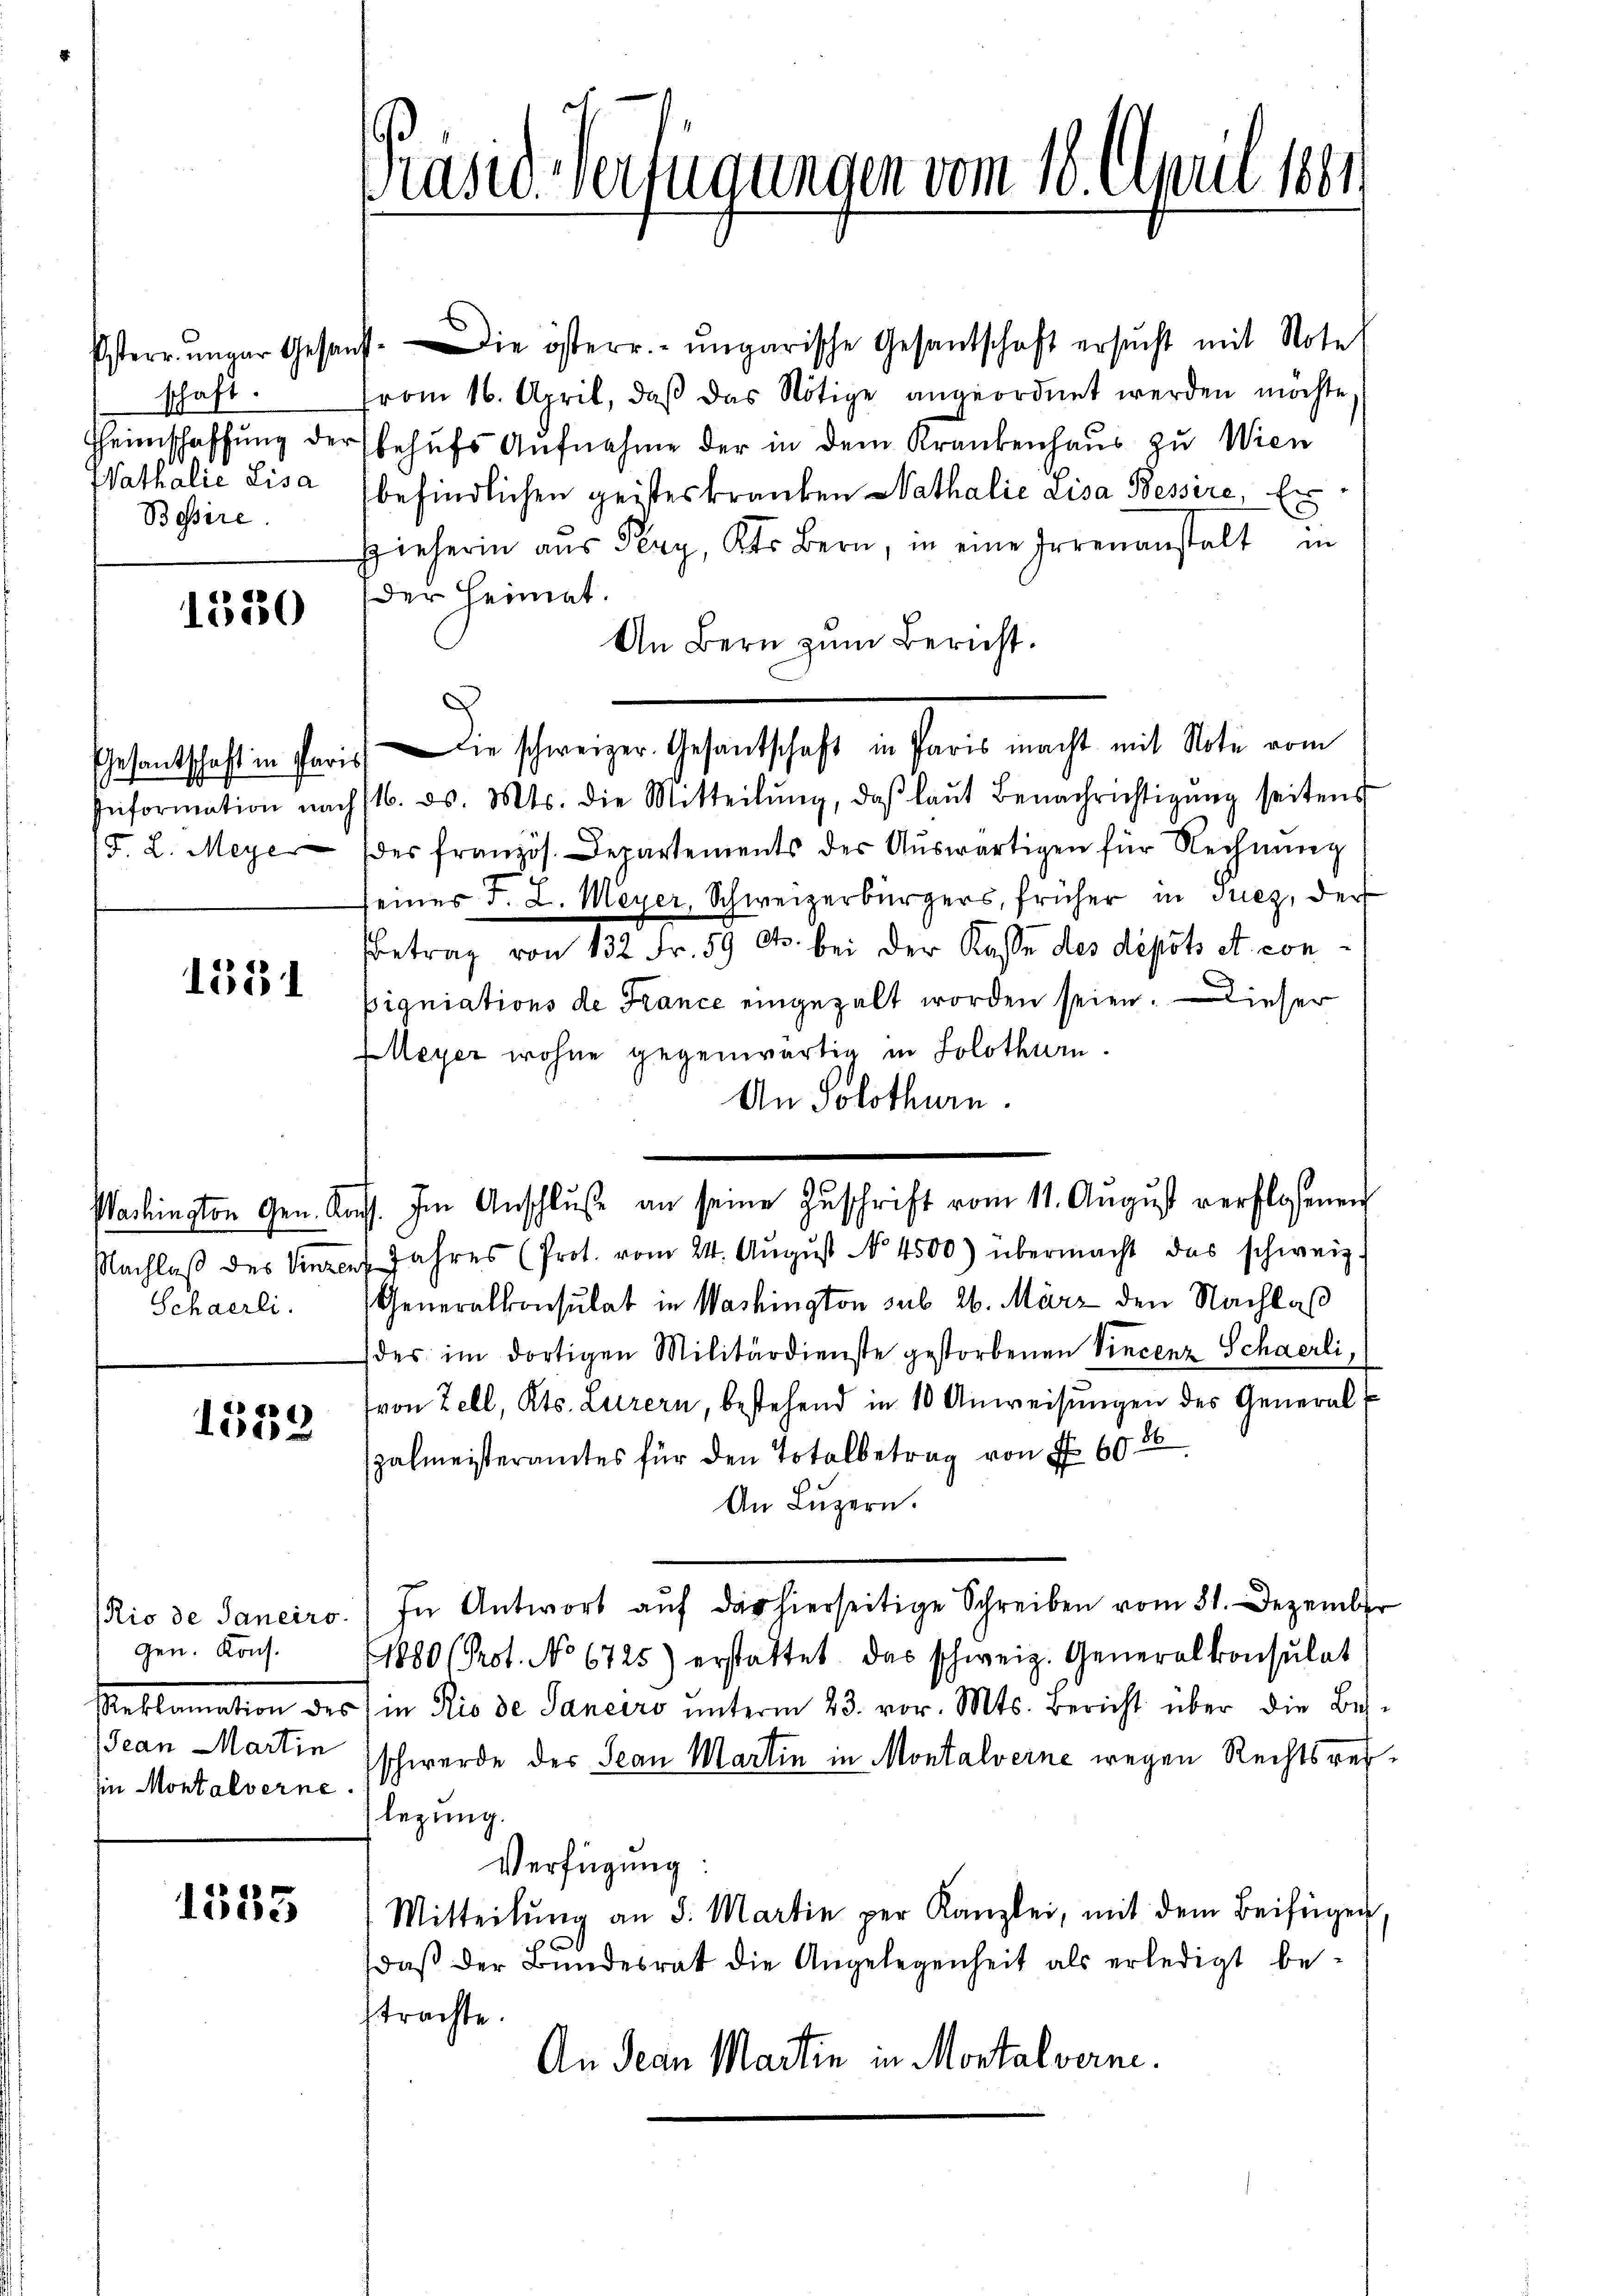
schaft.
Wathalić Lisa
Bassire

1530

/F. L. Meye

1551

Schaerli.

1559

gen. Kons.
Jean Martin
in Montalverne

1335

Präsid. Verfügungen vom 18. April 1861

Esterrunger Gesandt. Die österr. ungarische Gesantschaft ersŭcht mit Note
from 16. April, daβ das Nötige angeordnet werden möchte,
Heimschaffung der behufs Aufnahme der in dem Krankenhaus zu Wien
befindlichen geisteskranken Nathalie Lisa Bessire, Er¬
Hieherin aŭs Pery, Kts. Bern, in eine Irrenanstalt in
der Heimat.
An Bern zum Bericht.
Gesantschaft in Paris die schweizer. Gesantschaft in Paris macht mit Note vom
Information nachst. d. Mts. die Mitteilŭng, daβ laŭt Benachrichtigŭng seitens
des französ. Departements der Auswärtigen für Rechnung
seines v. L. Meyer, Schweizerbürgers, früher in Prez, der
Betrag von 132 Fr. 59 Cts. bei der Kasse des depots et conpigniations de France eingezalt worden seien. Dieser
Meyer wohne gegenwärtig in Solothurn.
An Solothurn.
Machington Gen. Kass. Im Anschlŭβ an seine Zŭschrift vom 11. Aŭgŭst verflossenen
Nachlaβ des Vinzen Jahres (Prot. vom 24. Aŭgŭst No. 4500) übermacht das schweiz.
Generalkonsulat in Washington sub 26. März den Nachlaß
(des im dortigen Militärdienste gestorbenen Vincenz Schaerli,
von Zell, Kts. Luzern, bestehend in 10 Anweisungen des Generalzalmeisteramtes für den Totalbetrag von Fr. 60. 26
An Lŭzern.
Rio de Janeiro. In Antwort aŭf das hierseitige Schreiben vom 31. Dezember
1880 (Prot. No 6725) erstattet, das schweiz. Generalkonsulat
Reklamation des in Rio de Janeiro ŭnterm 23. vor. Mts. Bericht über die Beh-
schwerde der Jean Martin in Montalverne wegen Rechtsreilegung.
Verfügung:
Mitteilŭng an d. Martin per Kanzlei, mit dem Beifügen,
¬
daβ der Bundesrat die Angelegenheit als erledigt bestrachte.
An Jean Martin in Montalverne.